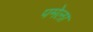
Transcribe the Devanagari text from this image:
पमेला